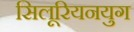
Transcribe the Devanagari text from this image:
सिलूरियनयुग